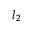
l _ { 2 }